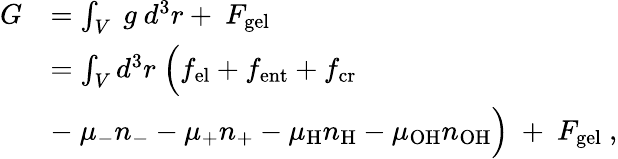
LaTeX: \begin{array}{rl}{G}&{=\int_{V}~g~d^{3}r+~F_{\mathrm{gel}}}\\ &{=\int_{V}d^{3}r~\Big(f_{\mathrm{el}}+f_{\mathrm{ent}}+f_{\mathrm{cr}}}\\ &{-~\mu_{-}n_{-}-\mu_{+}n_{+}-\mu_{\mathrm{H}}n_{\mathrm{H}}-\mu_{\mathrm{OH}}n_{\mathrm{OH}}\Big)~+~F_{\mathrm{gel}}\ ,}\end{array}